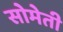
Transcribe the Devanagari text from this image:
सोमेती